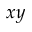
x y